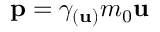
\mathbf { p } = \gamma _ { ( \mathbf { u } ) } m _ { 0 } \mathbf { u }